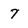
Character: 7